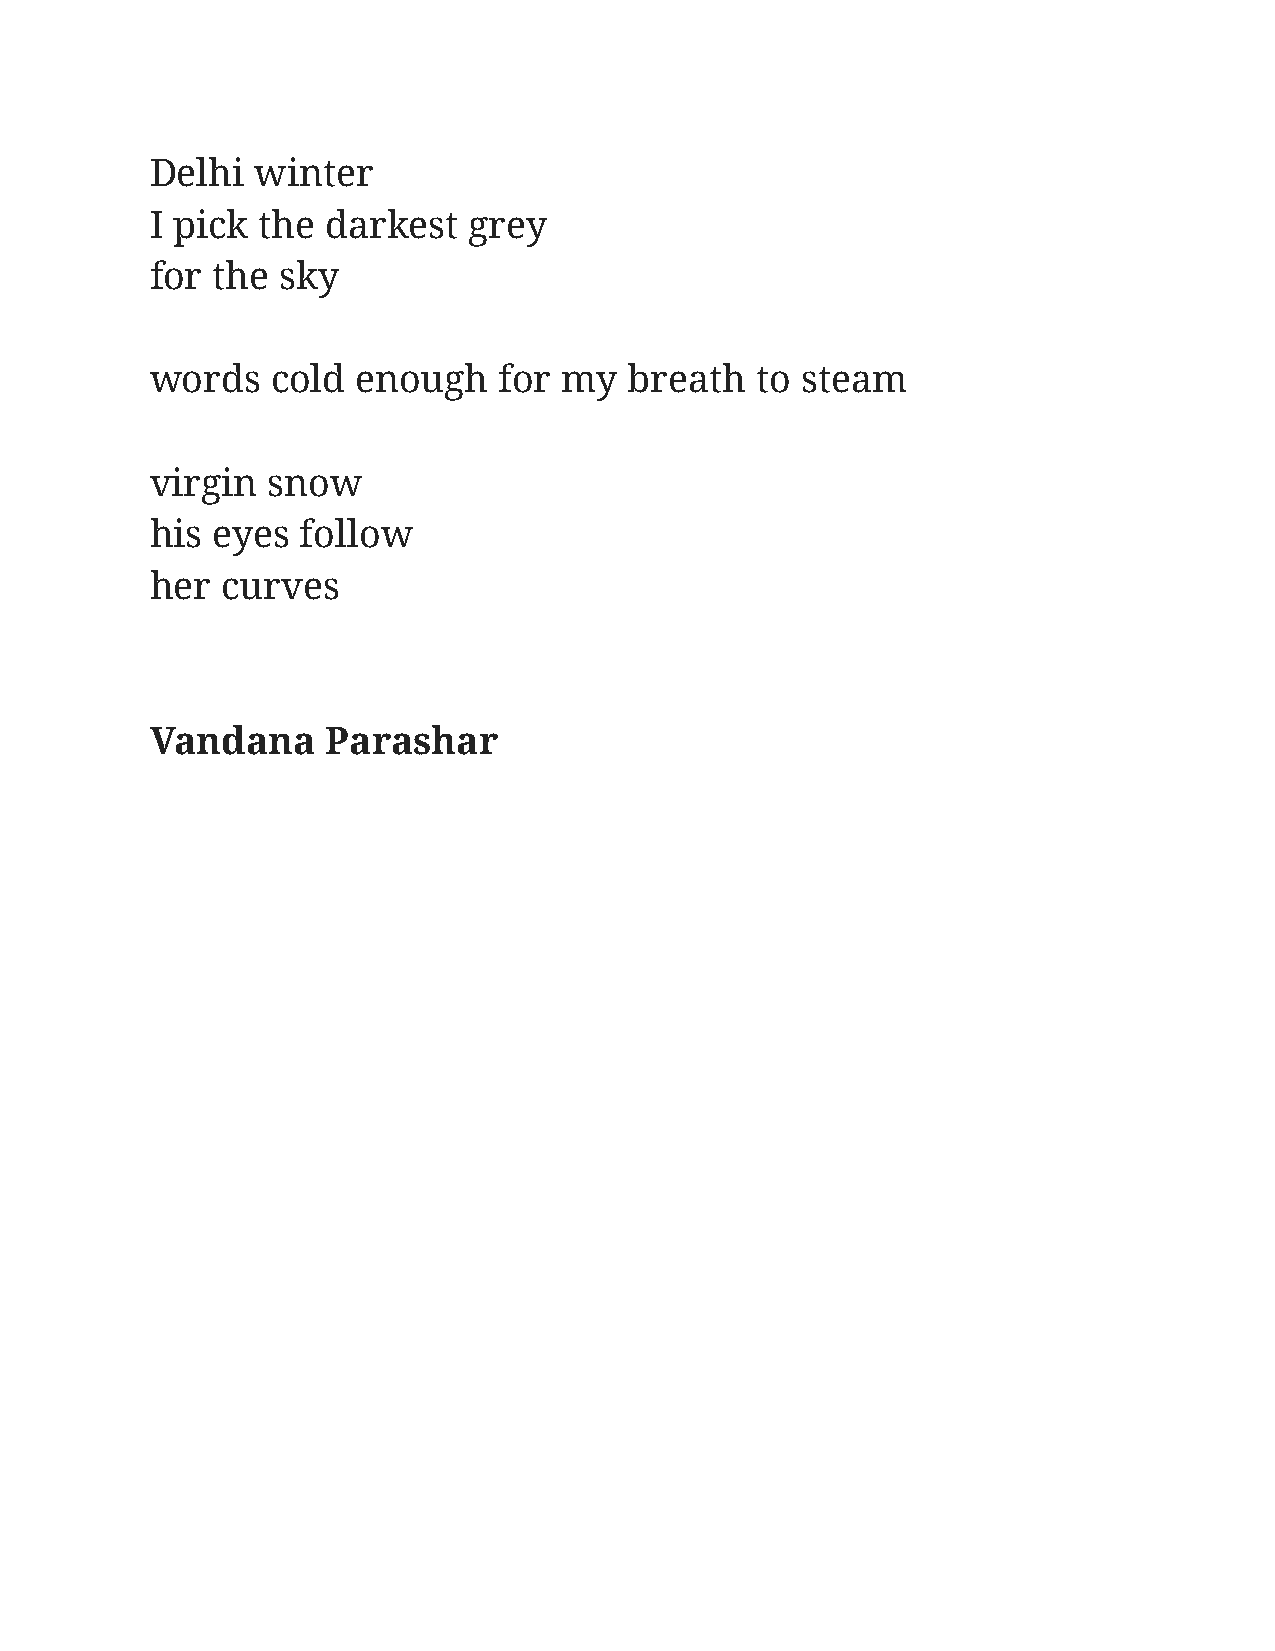
Delhi  winter
 I pick the  darkest  grey
 for the  sky
 words   cold  enough   for my   breath  to steam
 virgin  snow
 his eyes  follow
 her  curves
 Vandana     Parashar